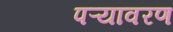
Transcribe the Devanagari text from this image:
पऱ्यावरण